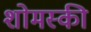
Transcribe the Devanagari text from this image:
शोमस्की